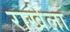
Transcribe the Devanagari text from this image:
राखेला